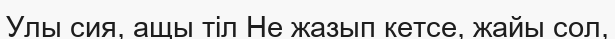
Улы сия, ащы тіл Не жазып кетсе, жайы сол,